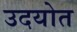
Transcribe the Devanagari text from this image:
उदयोत